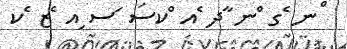
ްނ ެގ ްނ ާދ ެއ ްކސަ ަސ ިއ ެޒ ެކ